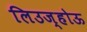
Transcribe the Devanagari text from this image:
लिउज्होऊ